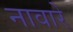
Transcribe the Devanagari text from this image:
नावारे